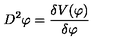
D ^ { 2 } \varphi = \frac { \delta V ( \varphi ) } { \delta \varphi }